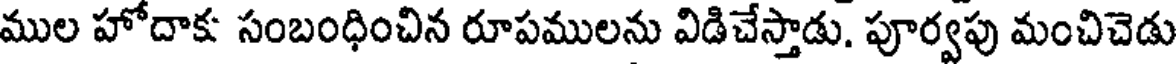
ముల హోదాక సంబంధించిన రూపములను విడిచేస్తాడు. పూర్వపు మంచిచెడు